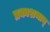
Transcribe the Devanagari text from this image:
प्रकाशमान्